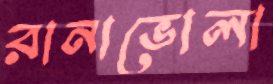
রানাভোলা